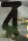
র